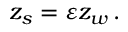
\begin{array} { r } { z _ { s } = { \varepsilon } z _ { w } \, . } \end{array}